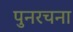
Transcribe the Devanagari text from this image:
पुनरचना